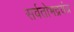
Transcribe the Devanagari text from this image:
सर्वतोभद्रयंत्र